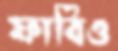
ফাবিও